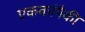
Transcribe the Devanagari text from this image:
एककांपैकी